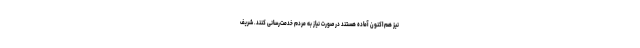
نیز هم‌اکنون آماده هستند در صورت نیاز به مردم خدمت‌رسانی کنند. شریف